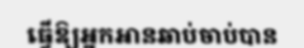
ធ្វើឱ្យអ្នកអានឆាប់ចាប់បាន